Annual report on the working of the lock hospitals in the North-Western Provinces and Oudh
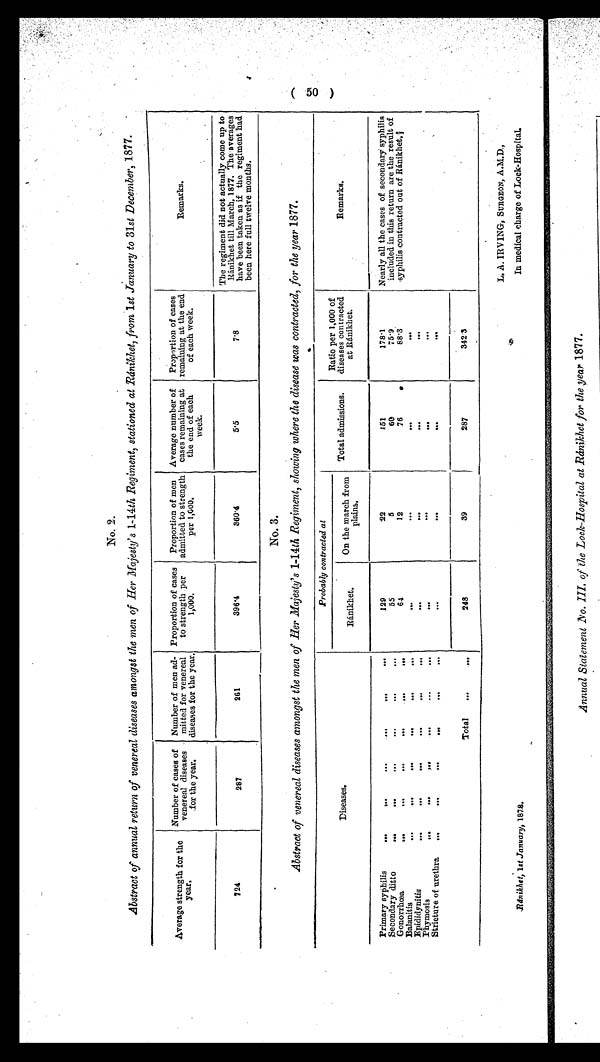
.Rdnikhet, 1st January, 1878.
In medical charge of Lock-Hospital.
No. 2.
Abstract of annual return of venereal diseases amongst the men of Her Majesty's 1-14th Regiment, stationed at Ránikhets, from 1st January to 31st December, 1877.
Average strength for the
year,
Number of cases of
venereal diseases
for the year.
Number of men ad-
mitted for venereal
diseases for the year.
Proportion of cases
to strength per
1,000.
Proportion of men
admitted to strength
per 1,000.
Average number of
cases remaining at
the end of each
week.
Proportion of cases
remaining at the end
of each week.
Remarks.
724
287
261
396.4
360.4
5.5
7.8
The regiment did not actually come up to
Ránikhet till March, 1877. The averages
have been taken as if the regiment had
been here full twelve months.
0
No. 3.
Abstract of venereal diseases amongst the men of Her Majesty's 1-14th Regiment, showing where the disease was contracted, for the year 1877.
4 .
Diseases.
Probably contracted at
Total admissions.
Ratio per 1,000 of
diseases contracted
at Ránikhet.
Remarks,
Ránikhet.
On the march from
plains.
Primary syphilis
...
.. ... ... ... ...
129
-22
1 5 1 178.1
Nearly all the cases of secondary syphilis
Secondary ditto
...
... ... ••• ..00, ...
55
5
60
75.9
included in this return are the result of
Gonorrhœa ...
... ... ... ... ...
...64
12
76
88.3
syphilis contracted out of Ránikhet,
Balanitis
...
... .... ... ... ...
. . .
. . .
. . .
. . .
Epididynitis
...
...
...
...
...
...
. . .
. . .
. . .
. . .
Phymosis ...
... ... ... .... ...
. . . . . .
. . .
. . . .
Stricture0 of urethra ...
... ... ... ... ...
. . . . . .
. . .
. . .
Total ...
. . .
248
39
287
342 3
L. A. IRVING, SURGEON, A.M.D.,